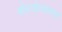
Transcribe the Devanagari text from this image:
नौरात्रोत्सात्वात